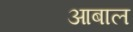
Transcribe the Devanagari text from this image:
आबाल